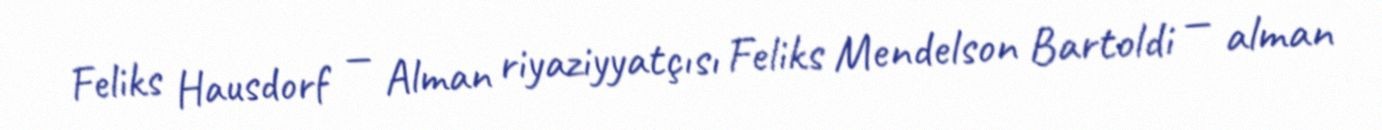
Feliks Hausdorf — Alman riyaziyyatçısı Feliks Mendelson Bartoldi — alman